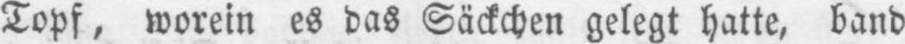
Topf, worein es das Säckchen gelegt hatte, band